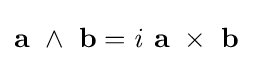
\mathbf {a} \ \wedge \ \mathbf {b} ={\mathit {i}}\ \mathbf {a} \ \times \ \mathbf {b} \